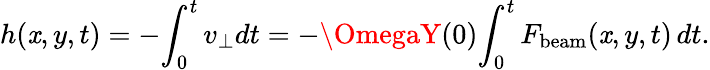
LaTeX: h(\mathit{x},y,t)=-\! \int_{0}^{t}v_{\perp}dt=-\OmegaY(0)\! \int_{0}^{t}F_{\mathrm{{beam}}}(\mathit{x},y,t)\, dt.